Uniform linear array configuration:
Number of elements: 32
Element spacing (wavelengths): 0.5
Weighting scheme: blackman
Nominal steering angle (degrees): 45
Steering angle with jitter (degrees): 46.044
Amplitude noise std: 0.05
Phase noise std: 0.05

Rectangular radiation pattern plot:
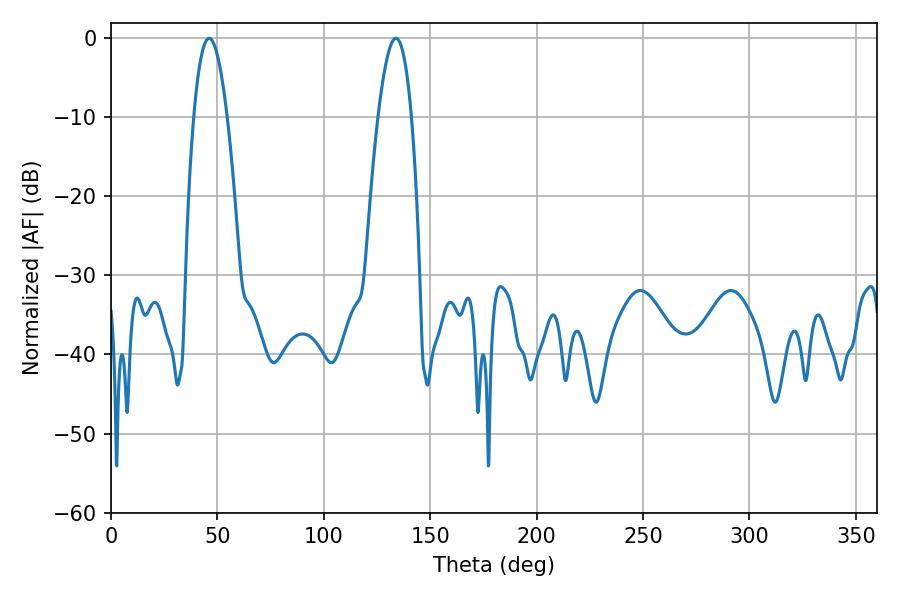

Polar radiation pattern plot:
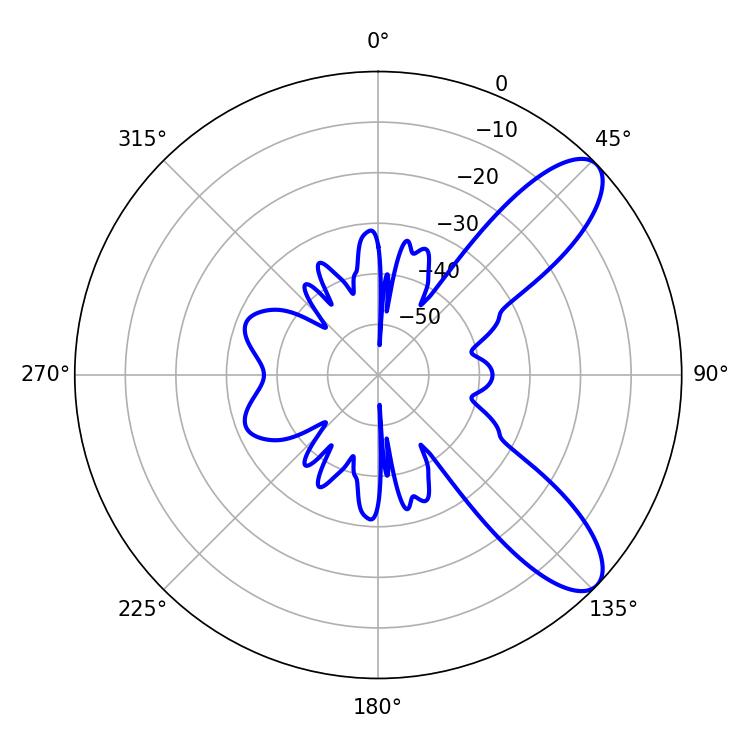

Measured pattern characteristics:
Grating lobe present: FALSE
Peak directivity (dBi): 9.313
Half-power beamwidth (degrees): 8.64
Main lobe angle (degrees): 46.08